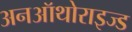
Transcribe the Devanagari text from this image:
अनऑथोराइज्ड